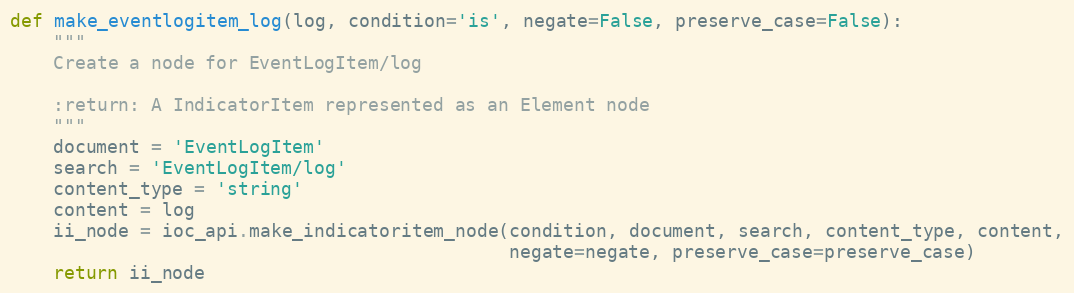
Language: Python
def make_eventlogitem_log(log, condition='is', negate=False, preserve_case=False):
    """
    Create a node for EventLogItem/log

    :return: A IndicatorItem represented as an Element node
    """
    document = 'EventLogItem'
    search = 'EventLogItem/log'
    content_type = 'string'
    content = log
    ii_node = ioc_api.make_indicatoritem_node(condition, document, search, content_type, content,
                                              negate=negate, preserve_case=preserve_case)
    return ii_node